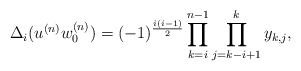
\begin{align*} \Delta_i(u^{(n)}w_0^{(n)})=(-1)^{\frac{i(i-1)}{2}}\prod_{k=i}^{n-1}\prod_{j=k-i+1}^{k}y_{k,j},\end{align*}